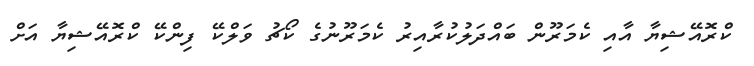
ކްރޮއޭޝިޔާ އާއި ކެމަރޫން ބައްދަލުކުރާއިރު ކެމަރޫނުގެ ކޯޗު ވަލްކޭ ފިންކޭ ކްރޮއޭޝިޔާ އަށް